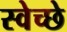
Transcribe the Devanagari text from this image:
स्वेच्छे